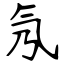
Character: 氖